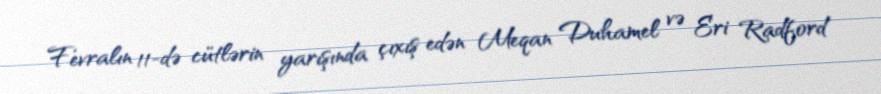
Fevralın 11-də cütlərin yarışında çıxış edən Meqan Duhamel və Eri Radford